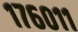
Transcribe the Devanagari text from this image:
१७६०११